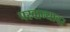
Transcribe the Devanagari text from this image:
परवान्यावर